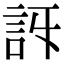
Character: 𧥯